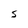
Character: 5